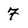
Character: 7